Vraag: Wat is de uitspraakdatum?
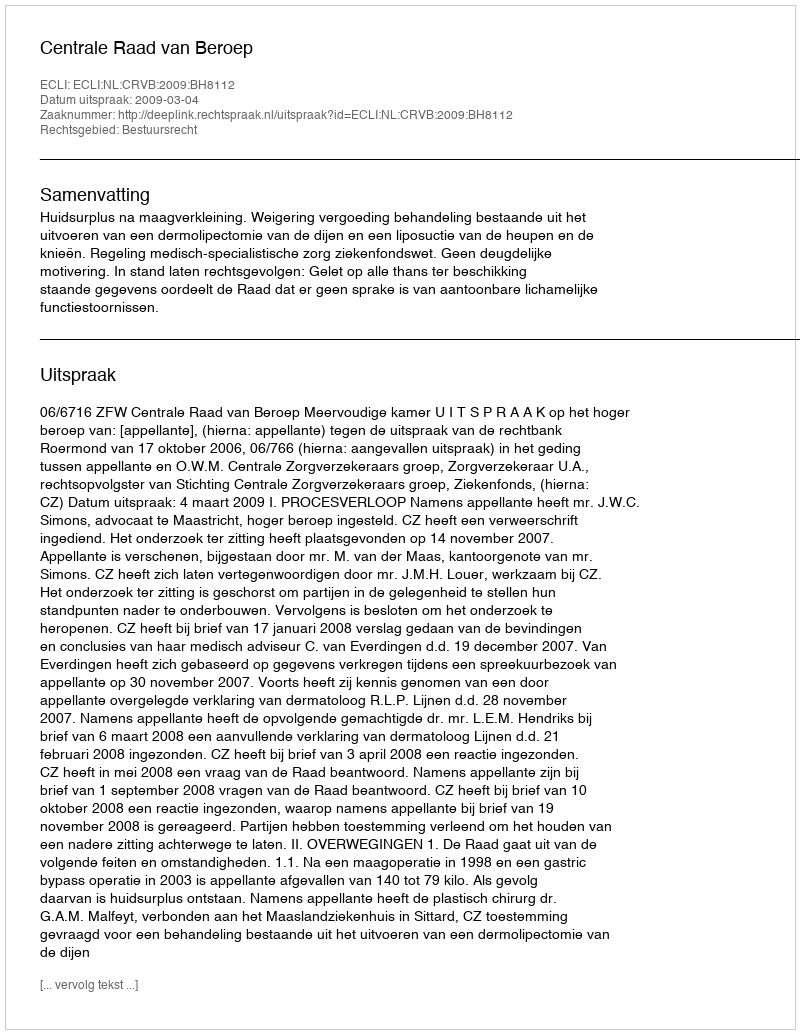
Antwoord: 2009-03-04